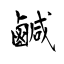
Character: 鹹